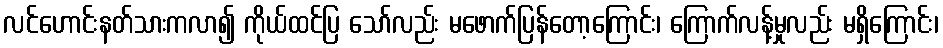
လင်ဟောင်းနတ်သားကလာ၍ ကိုယ်ထင်ပြ သော်လည်း မဖောက်ပြန်တော့ကြောင်း၊ ကြောက်လန့်မှုလည်း မရှိကြောင်း၊